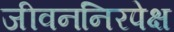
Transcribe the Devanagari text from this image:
जीवननिरपेक्ष